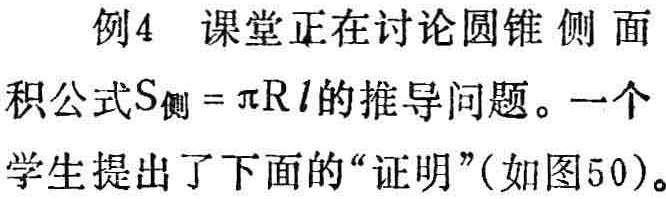
例4 课堂正在讨论圆锥侧面积公式\(S_{侧}=\pi Rl\)的推导问题。一个学生提出了下面的“证明”(如图50)。